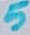
Text: 6